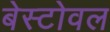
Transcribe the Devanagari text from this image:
बेस्टोवल